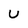
Character: U